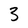
Character: 3